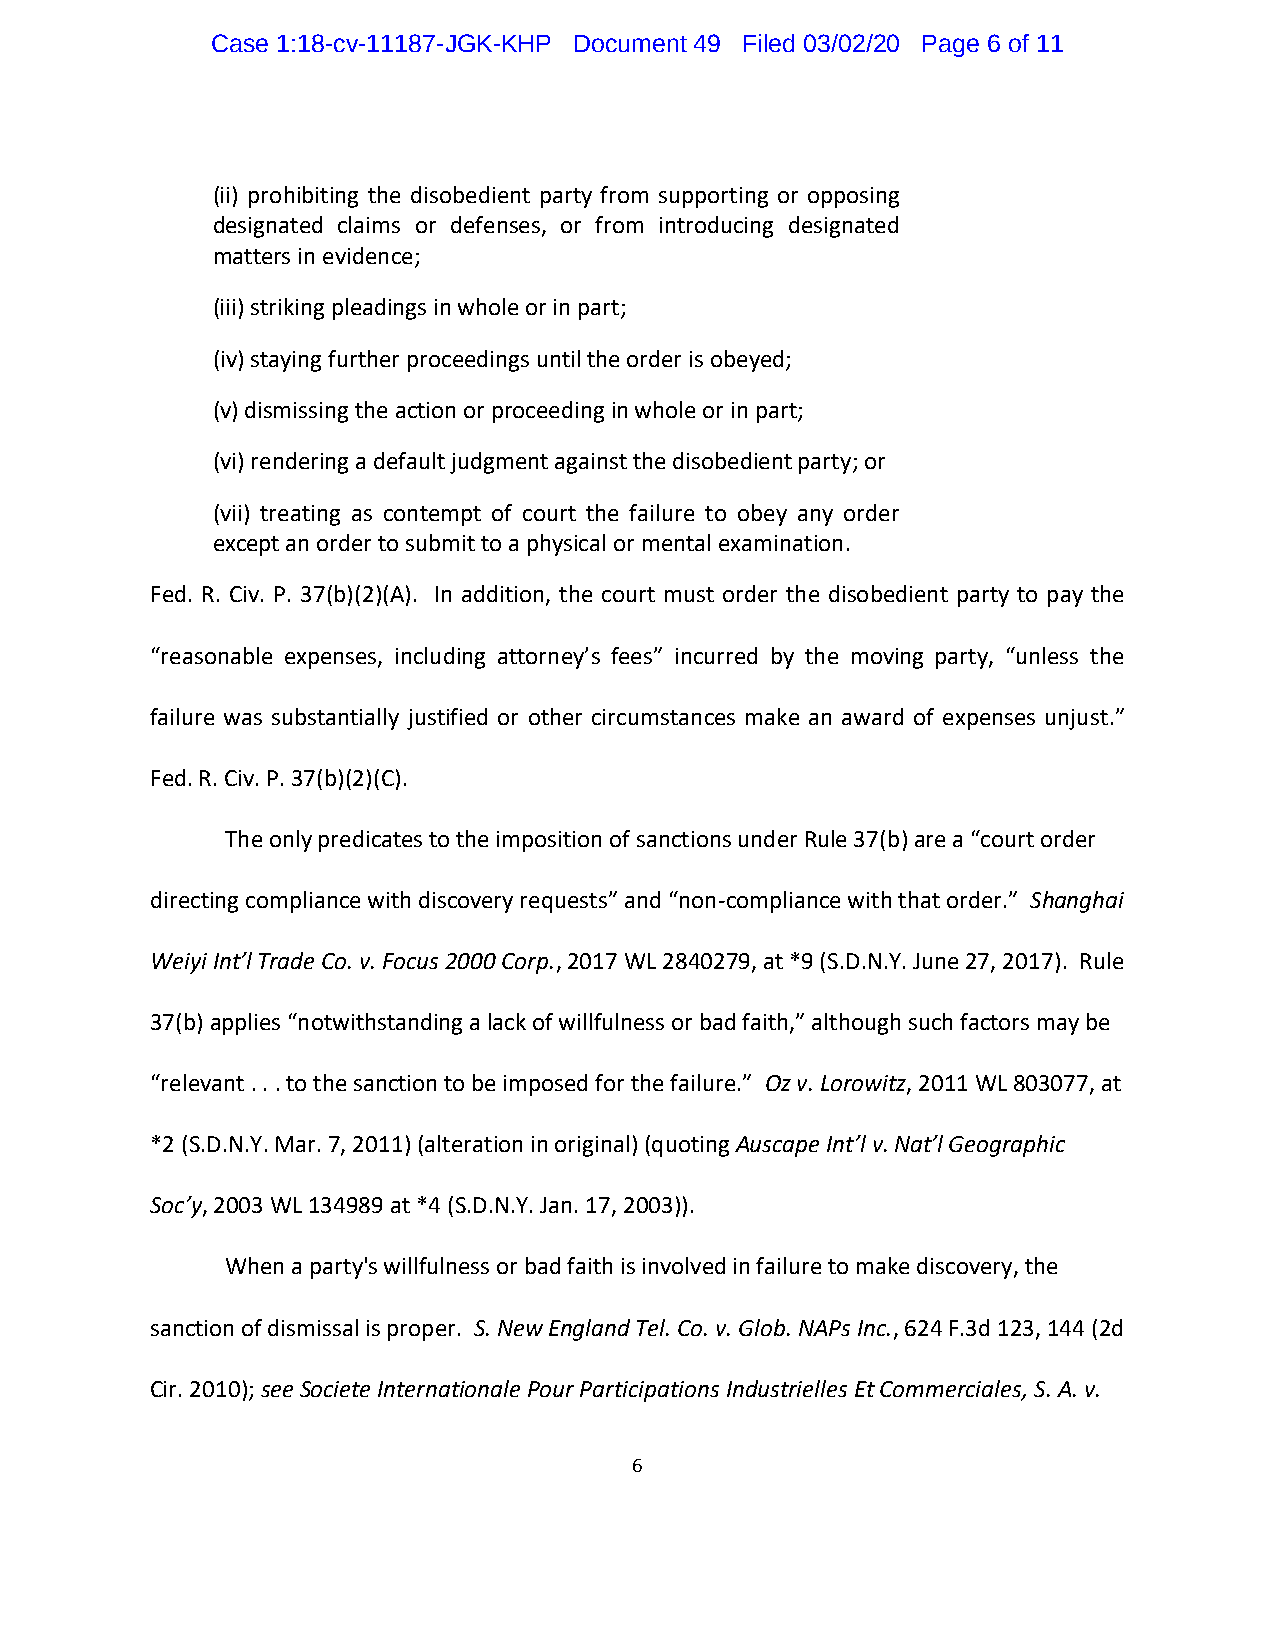
Case 1:18-cv-11187-JGK-KHP Document 49 Filed 03/02/20 Page 6 of 11
 (ii) prohibiting the disobedient party from supporting or opposing
 designated claims or defenses, or from introducing designated
 matters in evidence;
 (iii)striking pleadings in whole or in part;
 (iv)staying further proceedings until the order is obeyed;
 (v)dismissing the action or proceeding in whole or in part;
 (vi)rendering a default judgment against the disobedient party; or
 (vii) treating as contempt of court the failure to obey any order
 except an order to submit to a physical or mental examination.
 Fed. R. Civ. P. 37(b)(2)(A). In addition, the court must order the disobedient party to pay the
 “reasonable expenses, including attorney’s fees” incurred by the moving party, “unless the
 failure was substantially justified or other circumstances make an award of expenses unjust.”
 Fed. R. Civ. P. 37(b)(2)(C).
 The only predicates to the imposition of sanctions under Rule 37(b) are a “court order
 directing compliance with discovery requests” and “non-compliance with that order.” Shanghai
 Weiyi Int’l Trade Co. v. Focus 2000 Corp., 2017 WL 2840279, at *9 (S.D.N.Y. June 27, 2017). Rule
 37(b) applies “notwithstanding a lack of willfulness or bad faith,” although such factors may be
 “relevant . . . to the sanction to be imposed for the failure.” Oz v. Lorowitz, 2011 WL 803077, at
 *2 (S.D.N.Y. Mar. 7, 2011) (alteration in original) (quoting Auscape Int’l v. Nat’l Geographic
 Soc’y, 2003 WL 134989 at *4 (S.D.N.Y. Jan. 17, 2003)).
 When a party's willfulness or bad faith is involved in failure to make discovery, the
 sanction of dismissal is proper. S. New England Tel. Co. v. Glob. NAPs Inc., 624 F.3d 123, 144 (2d
 Cir. 2010); see Societe Internationale Pour Participations Industrielles Et Commerciales, S. A. v.
 6